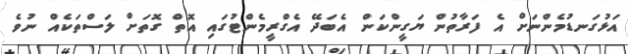
އަޅުގަނޑުމެންނަށް އެ ފަރާތުން ޔަގީންކަން އެބަދޭ އެގްރީމެންޓުގައި އޮތް ގޮތަށް ލަސްތަކެއް ނުވެ